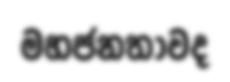
මහජනතාවද